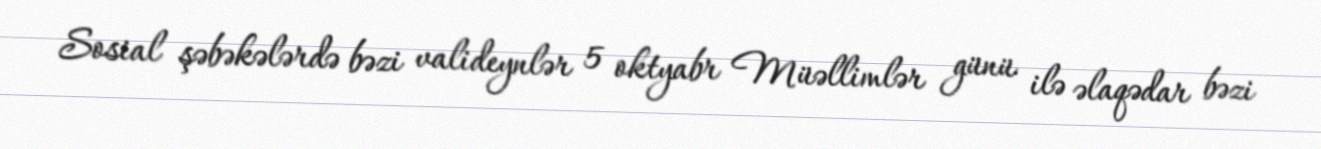
Sosial şəbəkələrdə bəzi valideynlər 5 oktyabr Müəllimlər günü ilə əlaqədar bəzi